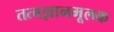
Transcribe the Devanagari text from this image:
तत्वज्ञानमूलक